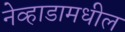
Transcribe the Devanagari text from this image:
नेव्हाडामधील